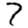
Digit: 7